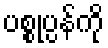
ပစ္စုပ္ပန်ကို